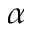
\alpha